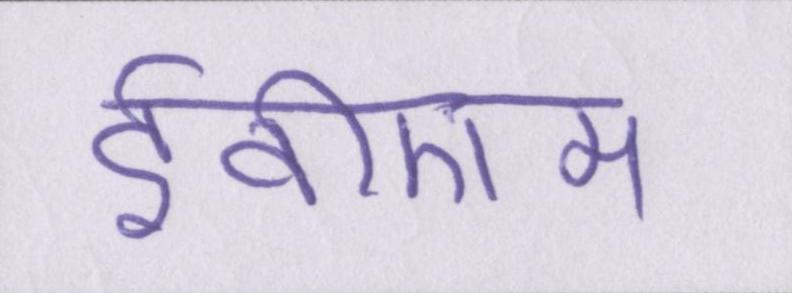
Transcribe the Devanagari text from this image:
ईवीएम